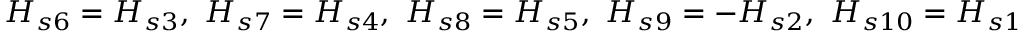
H _ { s 6 } = H _ { s 3 } , ~ H _ { s 7 } = H _ { s 4 } , ~ H _ { s 8 } = H _ { s 5 } , ~ H _ { s 9 } = - H _ { s 2 } , ~ H _ { s 1 0 } = H _ { s 1 }